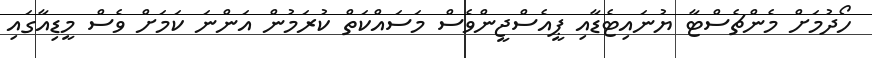
ހޯދުމަށް މެންޗެސްޓާ ޔުނައިޓެޑާއި ޕީއެސްޖީންވެސް މަސައްކަތް ކުރަމުން އަންނަ ކަމަށް ވެސް މީޑިއާގައި